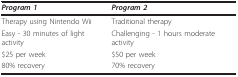
<table><thead><tr><td><b><i>Program 1</i></b></td><td><b><i>Program 2</i></b></td></tr></thead><tbody><tr><td>Therapy using Nintendo Wii</td><td>Traditional therapy</td></tr><tr><td>Easy - 30 minutes of light activity</td><td>Challenging - 1 hours moderate activity</td></tr><tr><td>$25 per week</td><td>$50 per week</td></tr><tr><td>80% recovery</td><td>70% recovery</td></tr></tbody></table>